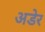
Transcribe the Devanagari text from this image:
अडेर